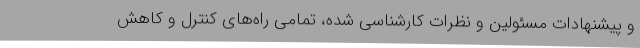
و پیشنهادات مسئولین و نظرات کارشناسی شده، تمامی راه‌های کنترل و کاهش